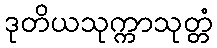
ဒုတိယသုက္ကာသုတ္တံ